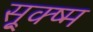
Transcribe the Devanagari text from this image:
सू्क्ष्म